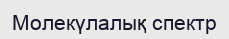
Молекүлалық спектр